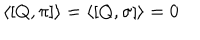
\langle [ Q , \pi ] \rangle = \langle [ Q , \sigma ] \rangle = 0